Indian journal of veterinary science and animal husbandry - Volume 11,
Year: 1941
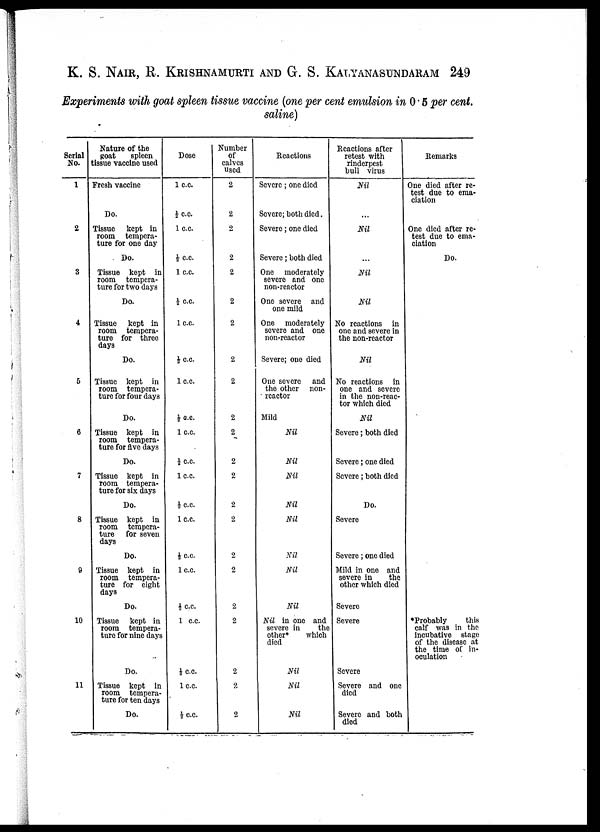
K. S. NAIR, R. KRISHNAMURTI AND G. S. KALYANASUNDARAM 249
Experiments with goat spleen tissue vaccine (one per cent emulsion in 0.5 per cent.
saline)
Serial
No.
1
2
3
4
5
6
7
8
9
10
11
Nature of the
goat
spleen
tissue vaccine used
Fresh vaccine
Do.
Tissue kept in
room tempera-
ture for one day
Do.
Tissue kept in
room tempera-
ture for two days
Do.
Tissue kept in
room tempera-
ture for three
days
Do.
Tissue kept in
room tempera-
ture for four days
Do.
Tissue kept in
room tempera-
ture for five days
Do.
Tissue kept in
room tempera-
ture for six days
Do.
Tissue kept in
room tempera-
ture for seven
days
Do.
Tissue kept in
room tempera-
ture for eight
days
Do.
Tissue kept in
room tempera-
ture for nine days
Do.
Tissue kept in
room tempera-
ture for ten days
Do.
Dose
1 c.c.
½ c.c.
1 c.c.
½ c.c.
1 c.c.
½ c.c.
1c.c.
½ c.c.
1c.c.
½c.c.
1 c.c.
½c.c.
1 c.c.
½c.c.
1 c.c
½ c.c.
1 c.c.
½ c.c.
1 c.c.
½ c.c.
1 c.c.
½ c.c.
Number
of
calves
used
2
2
2
2
2
2
2
2
2
2
2
2
2
2
2
2
2
2
2
2
2
2
Reactions
Severe; one died
Severe; both died.
Severe; one died
Severe; both died
One moderately
severe and one
non-reactor
One severe and
one mild
One moderately
severe and one
non-reactor
Severe; one died
One severe and
the other non-
reactor
Mild
Nil
Nil
Nil
Nil
Nil
Nil
Nil
Nil
Nil in one and
severe in
the
other*
which
died
Nil
Nil
Nil
Reactions after
retest with
rinderpest
bull virus
Nil
...
Nil
...
Nil
Nil
No reactions in
one and severe in
the non-reactor
Nil
No reactions in
one and severe
in the non-reac-
tor which died
Nil
Severe; both died
Severe; one died
Severe; both died
Do.
Severe
Severe; one died
Mild in one and
severe in
the
other which died
Severe
Severe
Severe
Severe and one
died
Severe and both
died
Remarks
One died after re-
test due to ema-
ciation
One died after re-
test due to ema-
ciation
Do.
*Probably
this
calf was in the
incubative stage
of the disease at
the time of in-
oculation